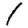
Digit: 1